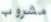
مشروب